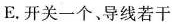
E。开关一个、导线若干